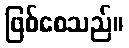
ဖြစ်စေသည်။